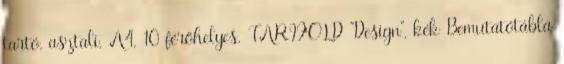
tartó, asztali, A4, 10 férőhelyes, TARIFOLD "Design", kék Bemutatótábla